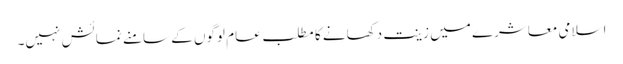
اسلامی معاشرے میں زینت دکھانے کا مطلب عام لوگوں کے سامنے نمائش نہیں۔